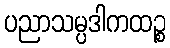
ပညာသမ္ပဒါကထဉ္စ